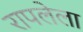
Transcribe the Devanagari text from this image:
रापलेला